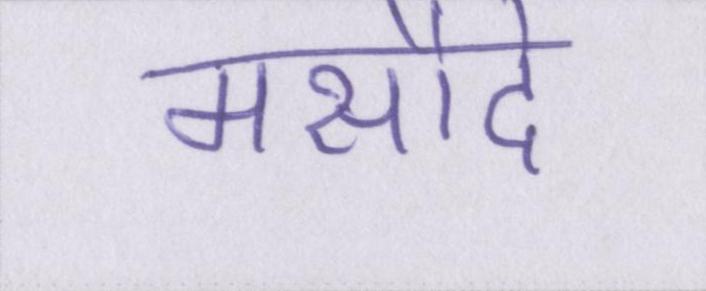
मसौदे